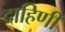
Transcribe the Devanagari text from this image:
दाहिणी